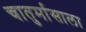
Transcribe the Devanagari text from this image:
चातुर्मासाला